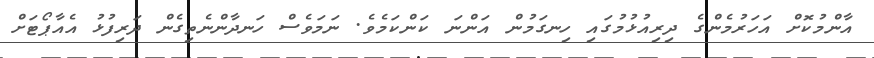
އާންމުކޮށް އަހަރުމެންގެ ދިރިއުޅުމުގައި ހިނގަމުން އަންނަ ކަންކަމެވެ. ނަމަވެސް ހަނދާންނެތިގެން ދަރިފުޅު އެއާޕޯޓަށް